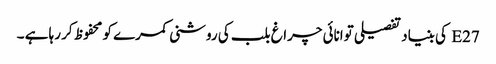
E27 کی بنیاد تفصیلی توانائی چراغ بلب کی روشنی کمرے کو محفوظ کر رہا ہے ۔